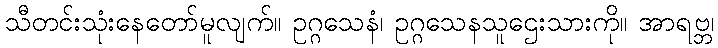
သီတင်းသုံးနေတော်မူလျက်။ ဥဂ္ဂသေနံ၊ ဥဂ္ဂသေနသူဌေးသားကို။ အာရဗ္ဘ၊